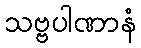
သဗ္ဗပါဏာနံ